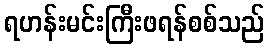
ရဟန်းမင်းကြီးဖရန်စစ်သည်